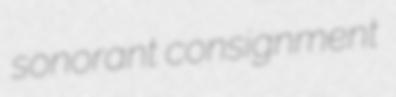
sonorant consignment